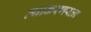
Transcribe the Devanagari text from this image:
व्याकरणरत्न